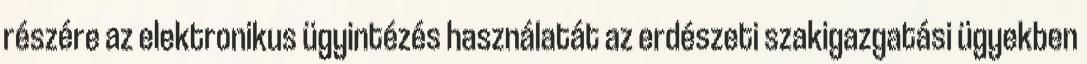
részére az elektronikus ügyintézés használatát az erdészeti szakigazgatási ügyekben